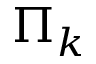
\Pi _ { k }